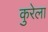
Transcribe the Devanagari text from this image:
कुरेला